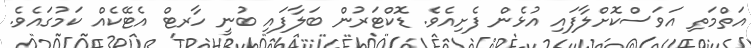
އަތްމަތި އަވަސްކޮށްލާފައި އުޅެން ފެށިއެވެ. ޑޮކްޓަރުން ބަލާފައި ބުނީ ހާރޓް އެޓޭކެއް ކަމުގައެވެ.